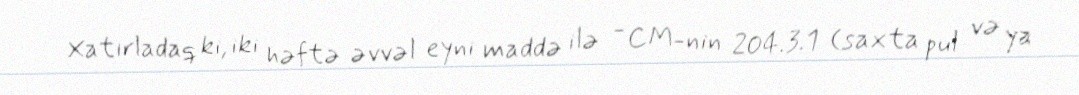
Xatırladaq ki, iki həftə əvvəl eyni maddə ilə - CM-nin 204.3.1 (saxta pul və ya